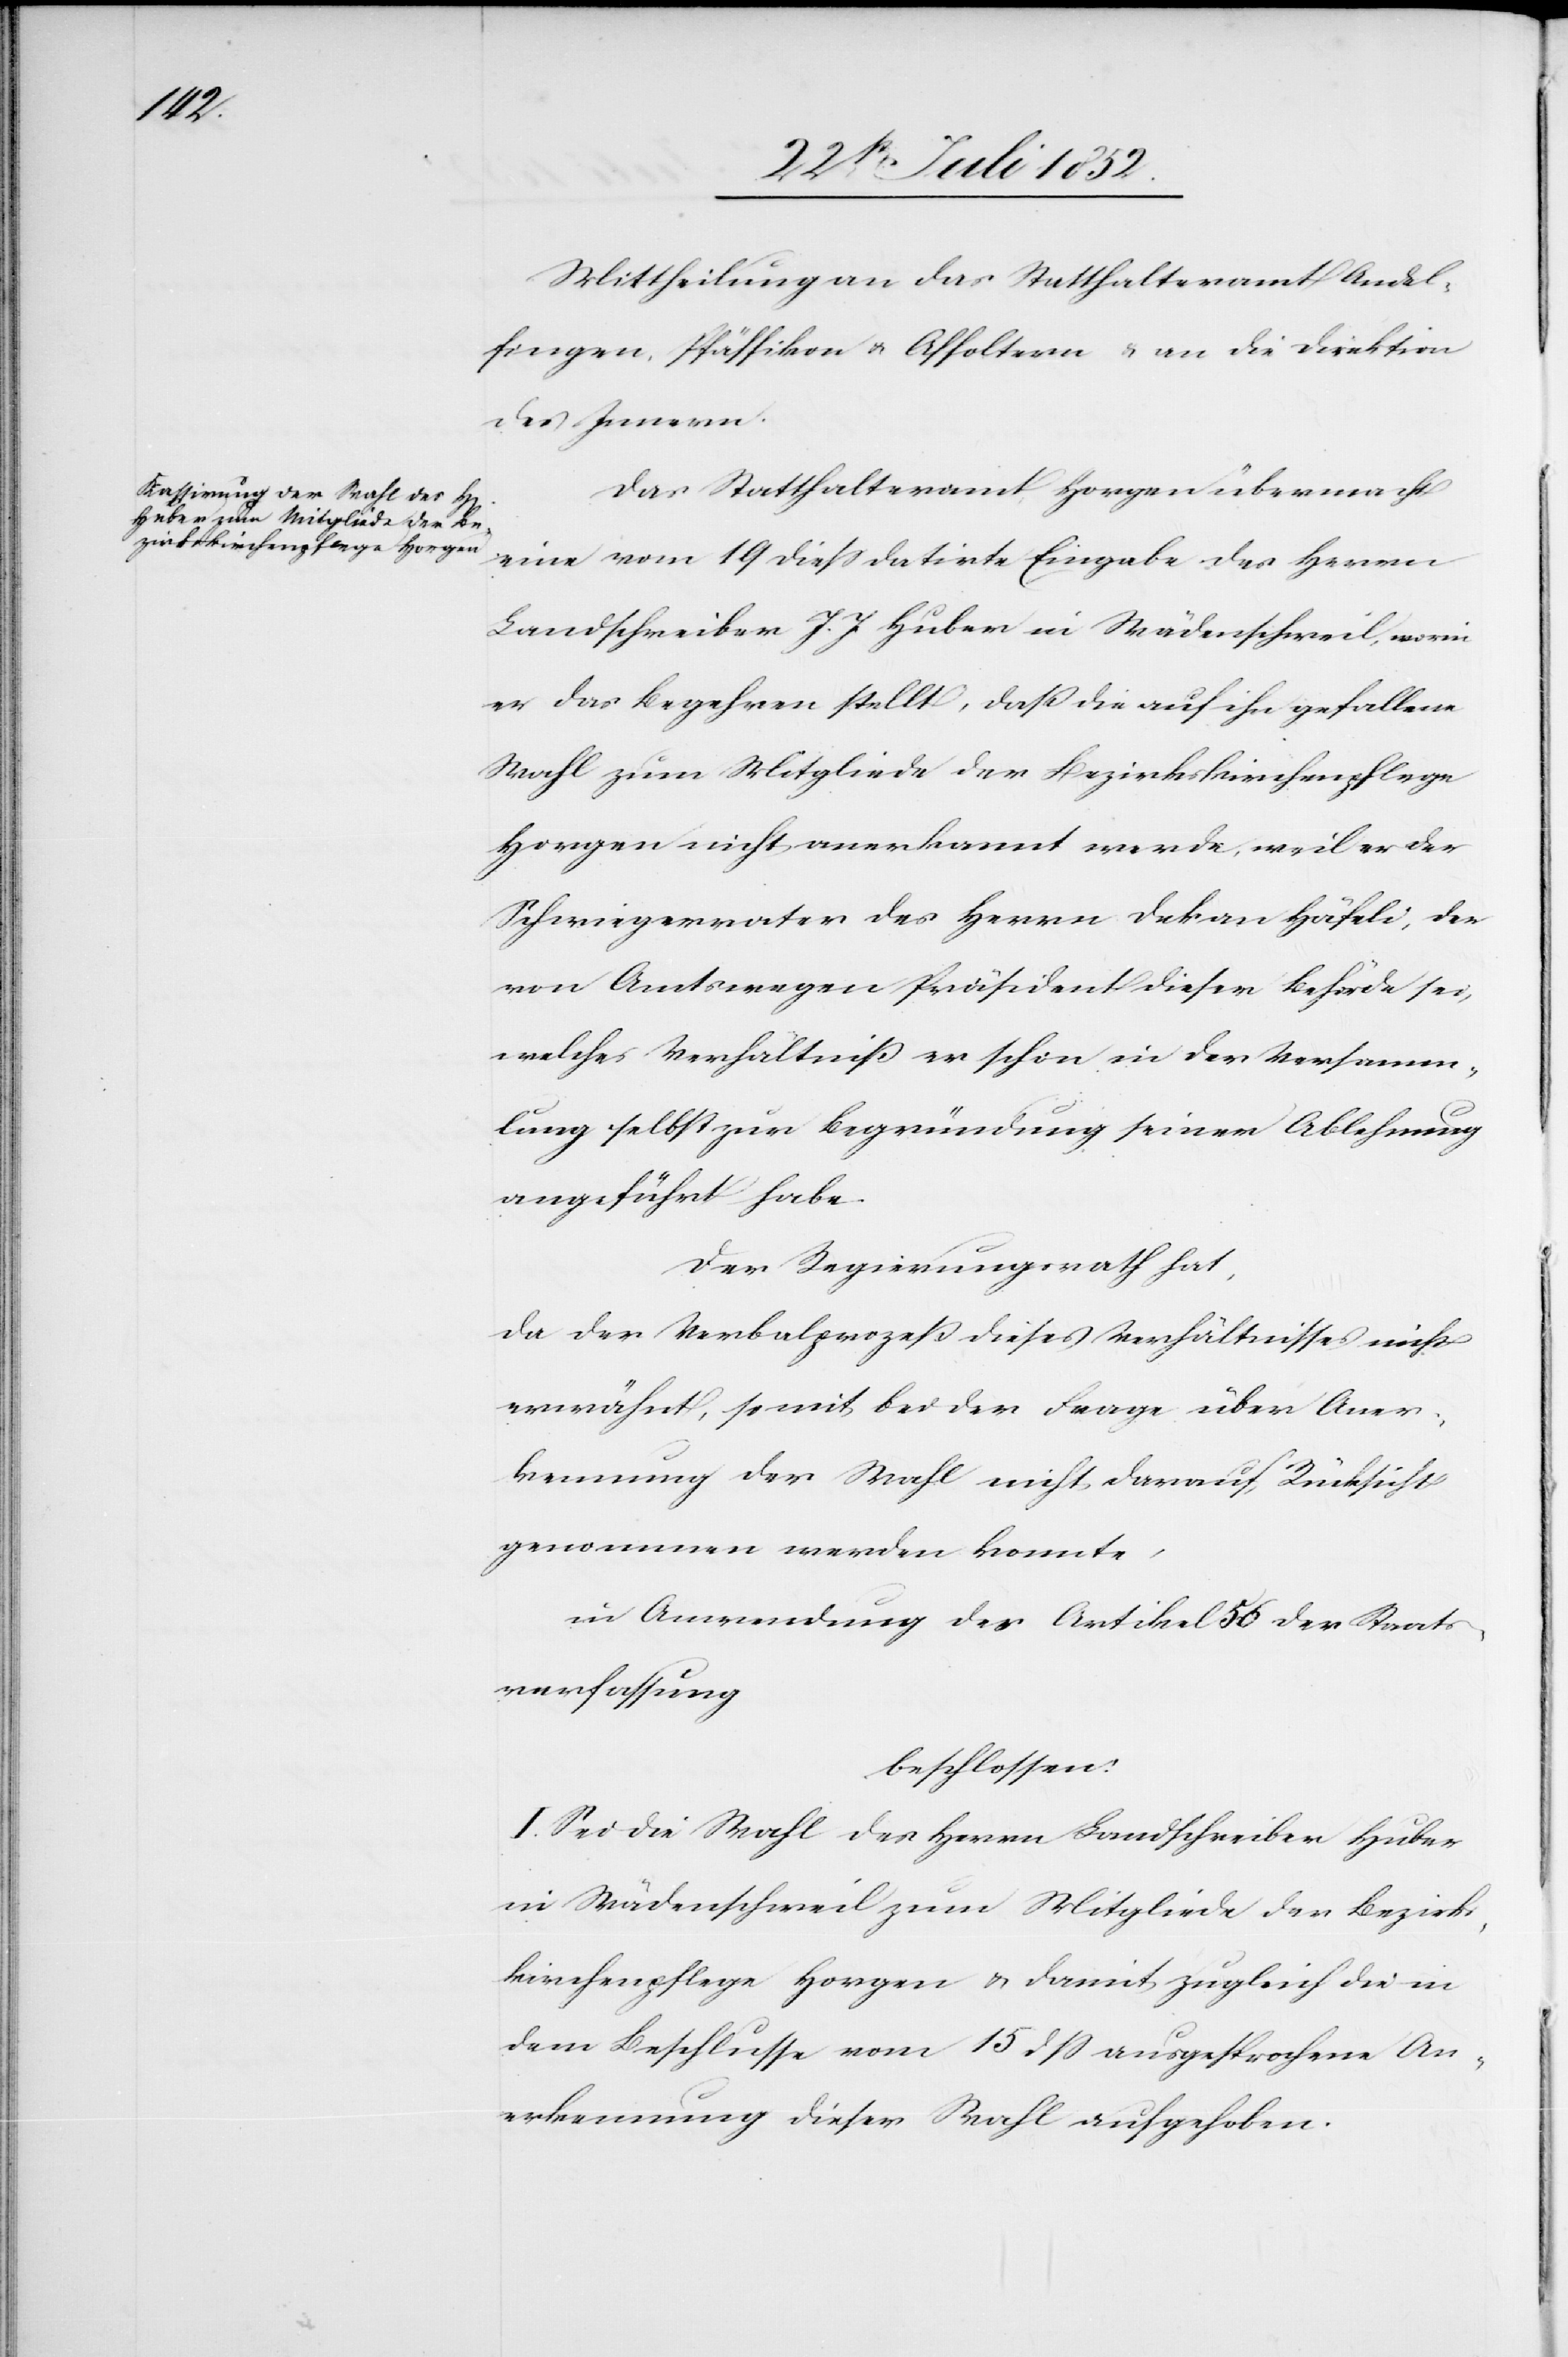
Mittheilung an das Statthalteramt Andel¬
fingen, Pfäffikon & Affoltern & an die Direktion
des Innern.
Das Statthalteramt Horgen übermacht
eine vom 19 diess datirte Eingabe des Herrn
Landschreiber J. J Huber in Wädenschweil, worin
er das Begehren stellt, daß die auf ihn gefallene
Wahl zum Mitgliede der Bezirkskirchenpflege
Horgen nicht anerkannt werde, weil er der
Schwiegervater des Herrn Dekan Häfeli, der
von Amtswegen Präsident dieser Behörde sei,
welches Verhältniß er schon in der Versamm¬
lung selbst zur Begründung seiner Ablehnung
angeführt habe.
Der Regierungsrath hat,
da der Verbalprozeß dieses Verhältnisses nicht
erwähnt, somit bei der Frage über Aner¬
kennung der Wahl nicht darauf Rücksicht
genommen werden konnte,
in Anwendung des Artikel 56 der Staats¬
verfassung
beschlossen:
I. Sei die Wahl des Herrn Landschreiber Huber
in Wädenschweil zum Mitgliede der Bezirks¬
kirchenpflege Horgen & damit zugleich die in
dem Beschlusse vom 15 dss ausgesprochene An¬
erkennung dieser Wahl aufgehoben.